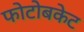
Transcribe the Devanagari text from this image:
फोटोबकेट